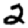
Digit: 2